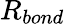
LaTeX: R_{bond}